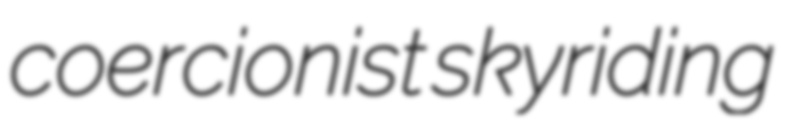
coercionist skyriding